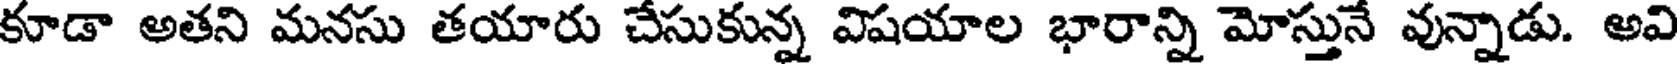
కూడా అతని మనసు తయారు చేసుకున్న విషయాల భారాన్ని మోస్తునే వున్నాడు. అవి